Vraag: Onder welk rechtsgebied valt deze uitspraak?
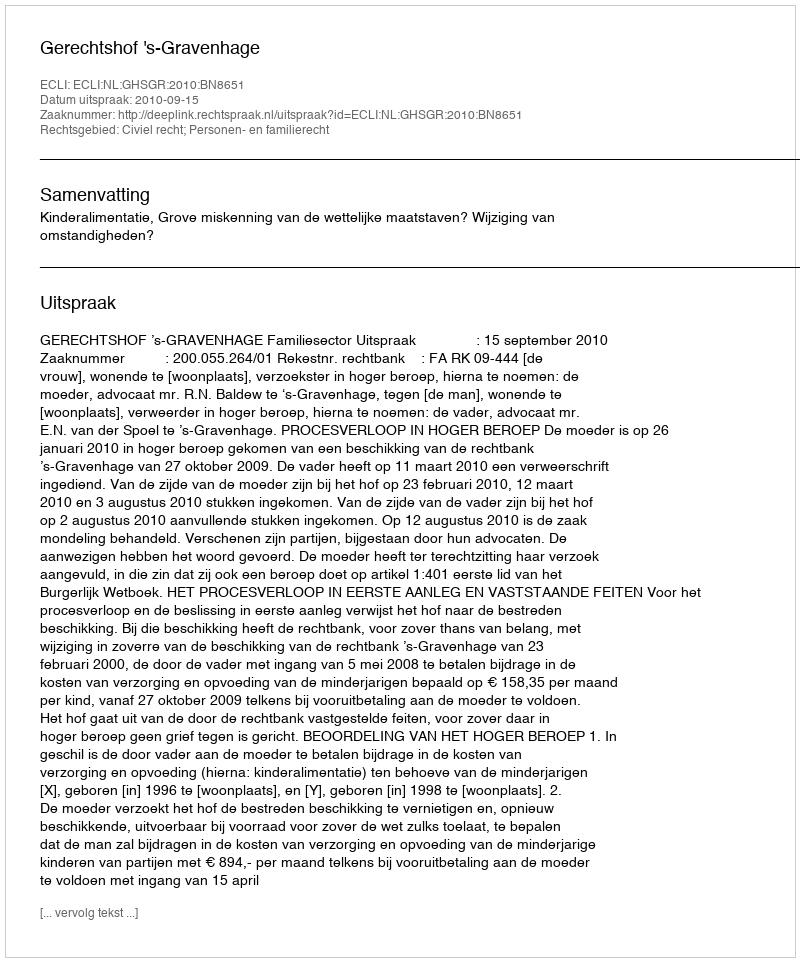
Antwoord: Civiel recht; Personen- en familierecht